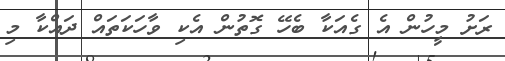
ރަށު މީހުން އެ ގެއަކާ ބެހޭ ގޮތުން އެކި ވާހަކަތައް ދައްކާ މި